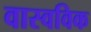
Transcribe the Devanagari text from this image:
वास्वविक